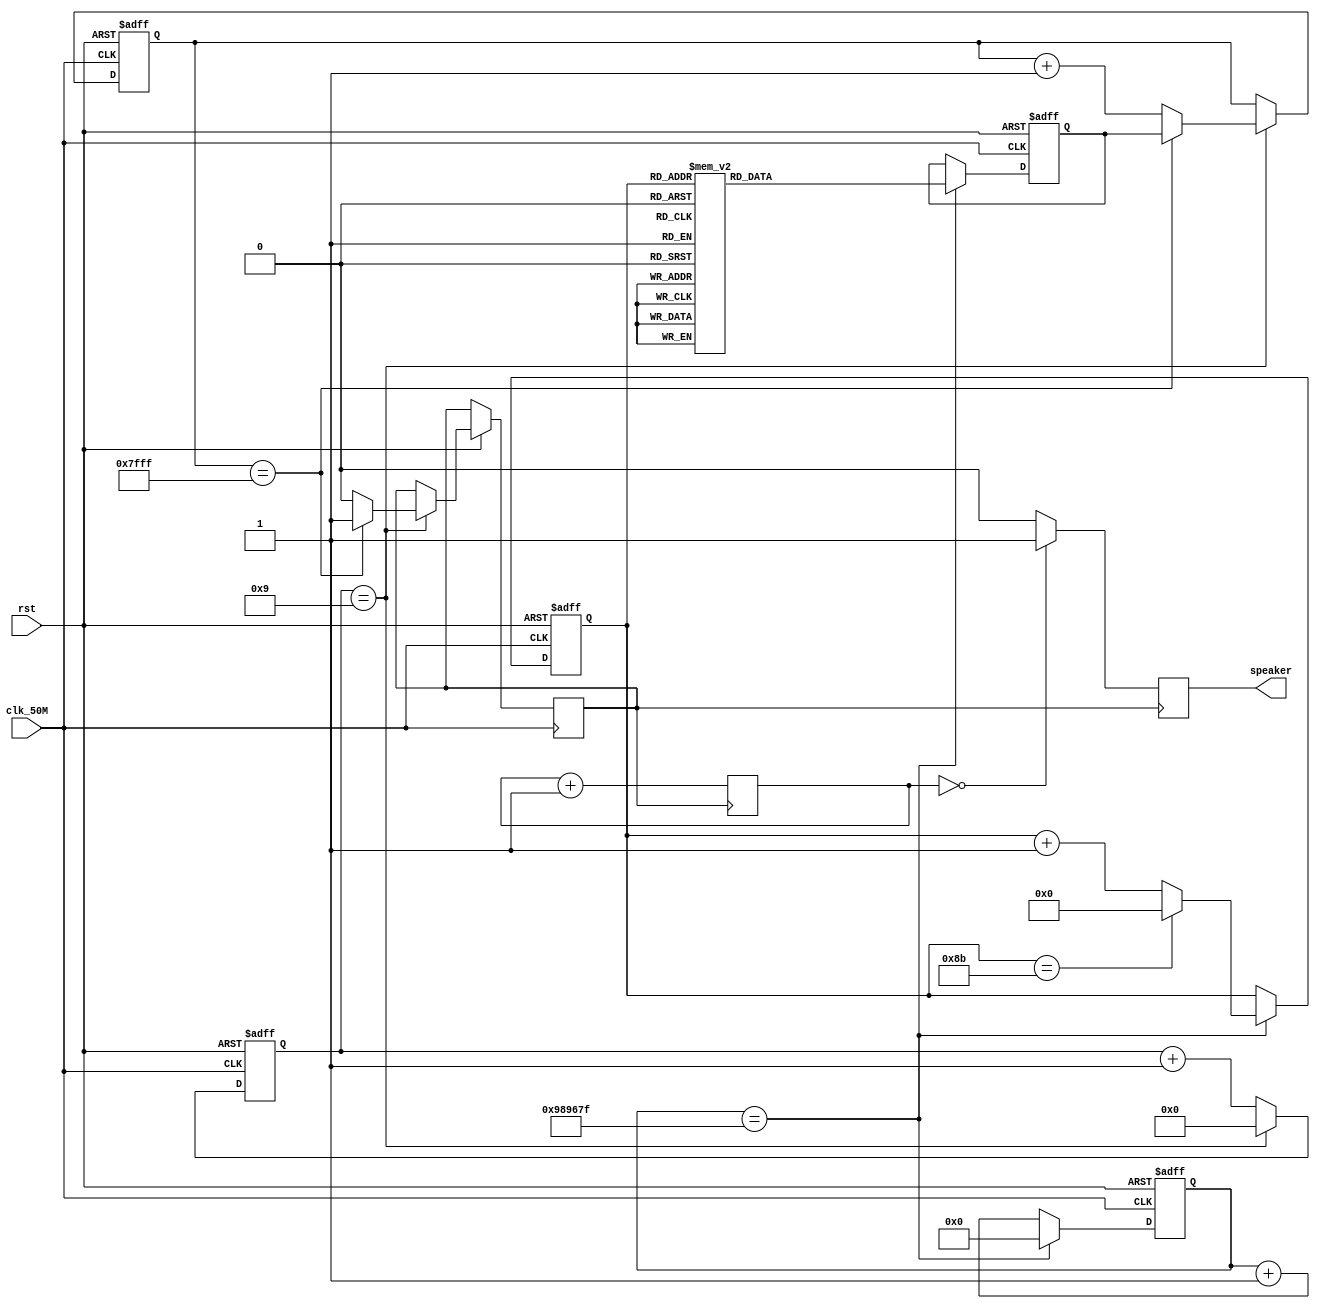
module liangzhu(clk_50M,rst,speaker);
   input clk_50M,rst;
   output speaker;
   reg speaker;

//
parameter wide=15;
reg[7:0] cnt;  //
reg[3:0] cnt1; //5MHz
reg[23:0] cnt2;//5Hz
reg[wide-1:0] origin;//     
reg[wide-1:0] drive;
reg[1:0] count;
reg carrier;

//5MHz5Hz
always @(posedge clk_50M,negedge rst)
  begin
    if(!rst)
     begin
      cnt1<=4'd0;
      cnt2<=24'd0;
     end
    else 
      begin
        cnt1<=cnt1+1'b1;
        cnt2<=cnt2+1'b1;
      if(cnt1==4'd9)
         cnt1<=4'd0;
      if(cnt2==24'h98967F)
        cnt2<=24'd0;
     end
   end
 
 always @(posedge clk_50M,negedge rst)
    begin
     if(!rst)
       drive<=15'h0; 
     else if(cnt1==4'd9)
           begin
            if(drive==15'h7fff)
             begin
              drive<=origin; 
              carrier<=1'b1;
             end
           else begin drive<=drive+1'b1;carrier<=1'b0; end
         end
 end    
            
//carrier

 always @(posedge carrier)
     begin
       count<=count+1'b1;
       if(count==4'd0)
        speaker<=1'b1;
       else speaker<=1'b0; 
      
    end
 always @(posedge clk_50M,negedge rst)
   begin
     if(!rst)
      begin
       origin<=15'h0;
        cnt<=8'd0;
      end
     else if(cnt2==24'h98967F) 
      begin
      if(cnt==8'd139)
        cnt<=8'd0;
     else
         cnt<=cnt+1'b1;
   case (cnt)
     8'd0:origin<=15'h625F;  //34
     8'd1:origin<=15'h625F;   
     8'd2:origin<=15'h625F;  
     8'd3:origin<=15'h625F; 
     8'd4:origin<=15'h6715; //5,3 
     8'd5:origin<=15'h6715;   
     8'd6:origin<=15'h6715;  
     8'd7:origin<=15'h69cd;//6                            
     8'd8:origin<=15'h6d55; //13
     8'd9:origin<=15'h6d55;
     8'd10:origin<=15'h6d55; 
                        
     8'd11:origin<=15'h6f5f; //2   
     8'd12:origin<=15'h69cd; //6
     8'd13:origin<=15'h6d55; //1
     8'd14:origin<=15'h6715;  //5
     8'd15:origin<=15'h6715; 
     8'd16:origin<=15'h738a; //5 
     8'd17:origin<=15'h738a; 
     8'd18:origin<=15'h738a; 
     8'd19:origin<=15'h76aa; //1  
     8'd20:origin<=15'h69cd; //6

     8'd21:origin<=15'h6715;//5
     8'd22:origin<=15'h712f;//3
     8'd23:origin<=15'h6715;//5
     8'd24:origin<=15'h6f5f; //2
     8'd25:origin<=15'h6f5f;
     8'd26:origin<=15'h6f5f; 
     8'd27:origin<=15'h6f5f;
     8'd28:origin<=15'h6f5f;
     8'd29:origin<=15'h6f5f;
     8'd30:origin<=15'h6f5f; 
     8'd31:origin<=15'h6f5f;
     8'd32:origin<=15'h6f5f;
     8'd33:origin<=15'h6f5f;
     8'd34:origin<=15'h6f5f;
     8'd35:origin<=15'h712f;//3
     8'd36:origin<=15'h6c39; //7
     8'd37:origin<=15'h6c39;
     8'd38:origin<=15'h69cd;//6
     8'd39:origin<=15'h69cd;
     8'd40:origin<=15'h6715; //5
     8'd41:origin<=15'h6715; 
     8'd42:origin<=15'h6715;   
     8'd43:origin<=15'h69cd;//6
     8'd44:origin<=15'h6d55;//1 
     8'd45:origin<=15'h6d55;
     8'd46:origin<=15'h6f5f;//2  
     8'd47:origin<=15'h6f5f; 
     8'd48:origin<=15'h625f;//3
     8'd49:origin<=15'h625f;
     8'd50:origin<=15'h6d55; //1
     8'd51:origin<=15'h6d55;
     
     8'd52:origin<=15'h69cd;//6 
     8'd53:origin<=15'h6715;//5
     8'd54:origin<=15'h69cd; //6
     8'd55:origin<=15'h6d55;//1 
     8'd56:origin<=15'h6715;//5
     8'd57:origin<=15'h6715; 
     8'd58:origin<=15'h6715;
     8'd59:origin<=15'h6715;
     8'd60:origin<=15'h6715; 
     8'd61:origin<=15'h6715;
     8'd62:origin<=15'h6715;
     8'd63:origin<=15'h6715;
     8'd64:origin<=15'h712f;//3
     8'd65:origin<=15'h712f;
     8'd66:origin<=15'h712f;
     8'd67:origin<=15'h738a;//5
     8'd68:origin<=15'h6c39;//7
     8'd69:origin<=15'h6c39;
     8'd70:origin<=15'h6f5f;//2
     8'd71:origin<=15'h6f5f;

     8'd72:origin<=15'h69cd; //6
     8'd73:origin<=15'h6d55;//1
     8'd74:origin<=15'h6715;//5
     8'd75:origin<=15'h6715;
     8'd76:origin<=15'h6715;
     8'd77:origin<=15'h6715;
     8'd78:origin<=15'h6715;
     8'd79:origin<=15'h6715;
     8'd80:origin<=15'h625f; //3

     8'd81:origin<=15'h6715;//5
     8'd82:origin<=15'h625f;//3
     8'd83:origin<=15'h625f;
     8'd84:origin<=15'h6715;//5
     8'd85:origin<=15'h69cd;//6
     8'd86:origin<=15'h6c39;//7
     8'd87:origin<=15'h6f5f;//2
     8'd88:origin<=15'h69cd;//6
     8'd89:origin<=15'h69cd;
     8'd90:origin<=15'h69cd;
     8'd91:origin<=15'h69cd;
     8'd92:origin<=15'h69cd;
     8'd93:origin<=15'h69cd;
     8'd94:origin<=15'h6715;//5
     8'd95:origin<=15'h69cd;//6
     8'd96:origin<=15'h6d55;//1
     8'd97:origin<=15'h6d55;
     8'd98:origin<=15'h6d55;
     8'd99:origin<=15'h6f5f;////2
     8'd100:origin<=15'h738a; //5
     8'd101:origin<=15'h738a;
     8'd102:origin<=15'h738a;
     8'd103:origin<=15'h712f;//3
     8'd104:origin<=15'h6f5f;//2
     8'd105:origin<=15'h6f5f;
     8'd106:origin<=15'h712f;//3
     8'd107:origin<=15'h6f5f;//2
     8'd108:origin<=15'h6d55;//1
     8'd109:origin<=15'h6d55;
     8'd110:origin<=15'h69cd;//6

     8'd111:origin<=15'h6715;//5
     8'd112:origin<=15'h625f;//3
     8'd113:origin<=15'h625f;
     8'd114:origin<=15'h625f;
     8'd115:origin<=15'h625f;
     8'd116:origin<=15'h6d55;//1
     8'd117:origin<=15'h6d55;
     8'd118:origin<=15'h69cd;//6
     8'd119:origin<=15'h6d55;//1
     8'd120:origin<=15'h69cd;//6

     8'd121:origin<=15'h625f;//3
     8'd122:origin<=15'h625f;
     8'd123:origin<=15'h6f5f;//2
     8'd124:origin<=15'h625f;//3
     8'd125:origin<=15'h6715;//5
     8'd126:origin<=15'h69cd;//6
     8'd127:origin<=15'h6d55;//1
     8'd128:origin<=15'h6715;//5
     8'd129:origin<=15'h6715;
     8'd130:origin<=15'h6715;
     8'd131:origin<=15'h6715;
     8'd132:origin<=15'h6715;
     8'd133:origin<=15'h6715;
     8'd134:origin<=15'h6715;
     8'd135:origin<=15'h6715;
     8'd136:origin<=15'h3fff; 
     8'd137:origin<=15'h3fff;
     8'd138:origin<=15'h3fff;
     8'd139:origin<=15'h3fff;
default:origin<=15'h3fff;
     endcase 
  end
end
endmodule